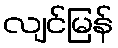
လျင်မြန်